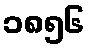
၁၈၅၆